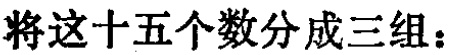
将这十五个数分成三组：